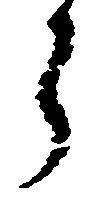
ら